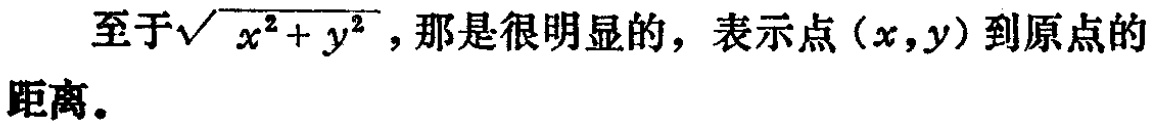
至于\(\sqrt{x^{2}+y^{2}}\)，那是很明显的，表示点\((x,y)\)到原点的距离。